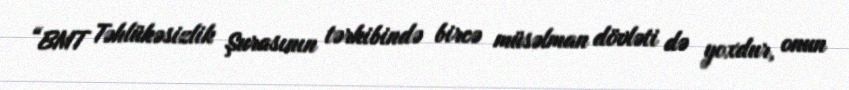
“BMT Təhlükəsizlik Şurasının tərkibində bircə müsəlman dövləti də yoxdur, onun